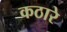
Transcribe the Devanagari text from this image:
कठारे